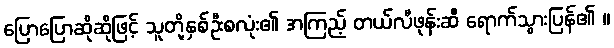
ပြောပြောဆိုဆိုဖြင့် သူတို့နှစ်ဦးစလုံး၏ အကြည့် တယ်လီဖုန်းဆီ ရောက်သွားပြန်၏ ။